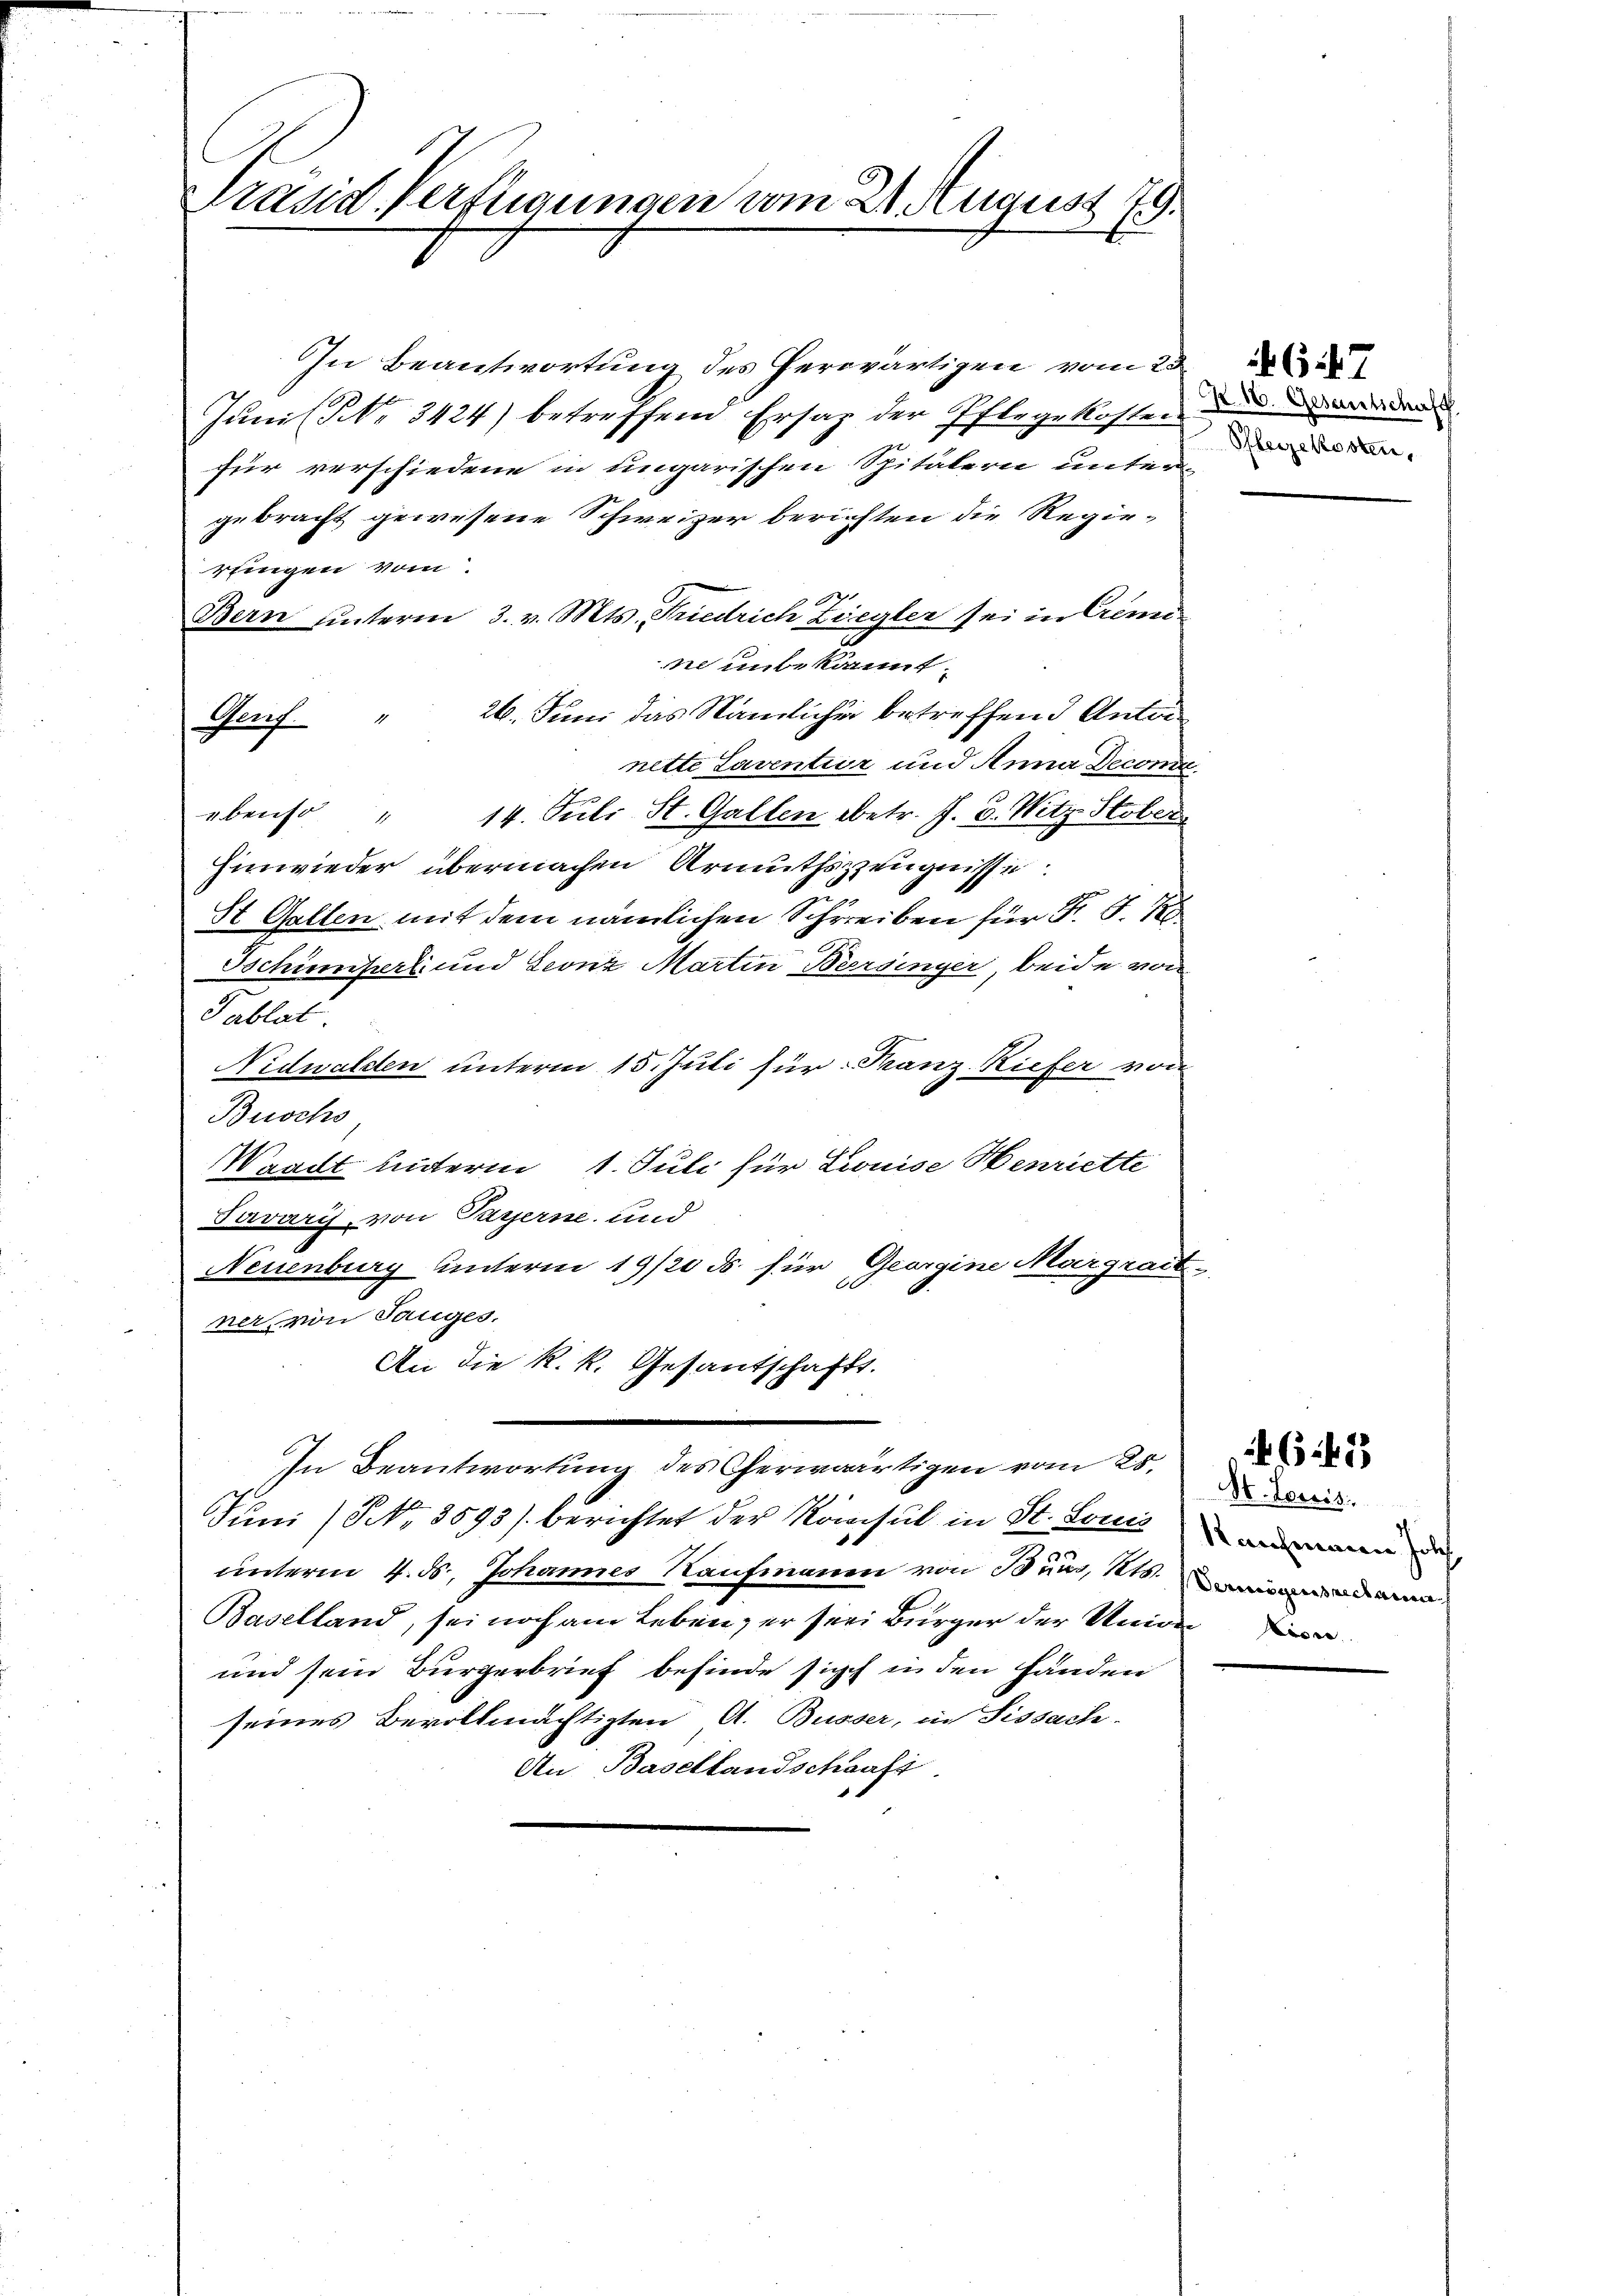
Präsid. Verfügungen vom 21. August 19.

In Beantwortung des herwärtigen vom 23.
Juni (§ No. 3424) betreffend Ersaz der Pflegekosten
für verschiedene in ungarischen Spitälern unter-
gebracht gewesene Schweizer berichten die Regie-
reingen vom
12
Bern hinterm 3. v. Mts. Friedrich Ziegler sei in Crimine unbekannt.
26. Juni das Nämlicher betreffend Anton
Genf. "
nette Laventior und Anna Decome
ebenso " 14. Juli St. Gallen betr. J. C. Witz Stober
Einwieder übermachen Armuthszzeugnisse
St. Gallen mit dem nämlichen Schreiben für F. S. 1
Schünfert und Leonz Martin Bersinger, beide von
Tablat
Nidwalden unterm 15. Juli für Franz-Riefer von
Buochs
Waadt unterm 1. Juli für Louise Henriette
Javaris, von Payerne und
Neuenburg unterm 19/20 ds. für Georgine Margrait
ner, von Tauges.
An die k. k. Gesantschaft.
In Beantwortung des Cherwärtigen vom 28.
Juni (NNo. 3593) berichtet der Konsul in St. Louis
unterm 4. d. Johannes Kaufmanen von Buns, 15.
Baselland, sei noch am Leben, er sei Bürger der Univer
und sein Bürgerbrief befinde sich in den Händen
seines Bevollmächtigten A. Busser, in Sissach-
An Basellandschaft.

R. 10. Gesantschaft
Pflegekosten,

65 f. 53

Mr. ereis.
Nachmann solch